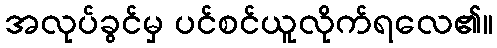
အလုပ်ခွင်မှ ပင်စင်ယူလိုက်ရလေ၏။